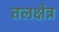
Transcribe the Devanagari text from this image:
तलक्षेत्र